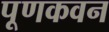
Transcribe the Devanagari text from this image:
पूणकवन